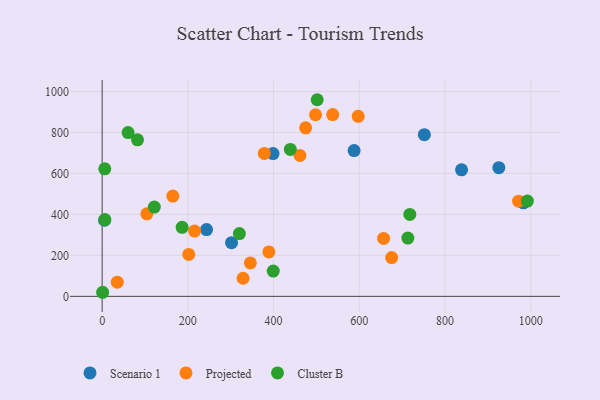
{"axis": {"x": "Study Hours", "y": "Salary"}, "legend": ["Cluster B", "Projected", "Scenario 1"], "data": [{"x": "5.6", "y": 371.6, "type": "Scenario 1"}, {"x": "925.6", "y": 628.4, "type": "Scenario 1"}, {"x": "398.8", "y": 697.1, "type": "Scenario 1"}, {"x": "838.6", "y": 617.6, "type": "Scenario 1"}, {"x": "301.9", "y": 262.0, "type": "Scenario 1"}, {"x": "243.6", "y": 326.0, "type": "Scenario 1"}, {"x": "587.9", "y": 711.5, "type": "Scenario 1"}, {"x": "751.8", "y": 789.4, "type": "Scenario 1"}, {"x": "983.0", "y": 456.4, "type": "Scenario 1"}, {"x": "328.8", "y": 88.4, "type": "Projected"}, {"x": "474.8", "y": 822.8, "type": "Projected"}, {"x": "497.9", "y": 886.5, "type": "Projected"}, {"x": "971.8", "y": 464.4, "type": "Projected"}, {"x": "538.0", "y": 887.3, "type": "Projected"}, {"x": "597.5", "y": 878.7, "type": "Projected"}, {"x": "461.5", "y": 687.5, "type": "Projected"}, {"x": "164.9", "y": 489.4, "type": "Projected"}, {"x": "675.5", "y": 189.1, "type": "Projected"}, {"x": "345.8", "y": 163.1, "type": "Projected"}, {"x": "215.6", "y": 318.7, "type": "Projected"}, {"x": "378.3", "y": 697.6, "type": "Projected"}, {"x": "104.3", "y": 403.0, "type": "Projected"}, {"x": "656.6", "y": 283.0, "type": "Projected"}, {"x": "389.0", "y": 216.9, "type": "Projected"}, {"x": "202.1", "y": 204.8, "type": "Projected"}, {"x": "35.3", "y": 69.2, "type": "Projected"}, {"x": "82.5", "y": 763.9, "type": "Cluster B"}, {"x": "1.1", "y": 19.9, "type": "Cluster B"}, {"x": "186.6", "y": 336.8, "type": "Cluster B"}, {"x": "6.4", "y": 374.7, "type": "Cluster B"}, {"x": "501.8", "y": 959.9, "type": "Cluster B"}, {"x": "713.3", "y": 284.4, "type": "Cluster B"}, {"x": "439.1", "y": 717.2, "type": "Cluster B"}, {"x": "60.6", "y": 799.5, "type": "Cluster B"}, {"x": "717.9", "y": 399.8, "type": "Cluster B"}, {"x": "992.2", "y": 465.1, "type": "Cluster B"}, {"x": "399.2", "y": 123.4, "type": "Cluster B"}, {"x": "121.7", "y": 435.7, "type": "Cluster B"}, {"x": "6.1", "y": 622.5, "type": "Cluster B"}, {"x": "320.2", "y": 306.5, "type": "Cluster B"}]}